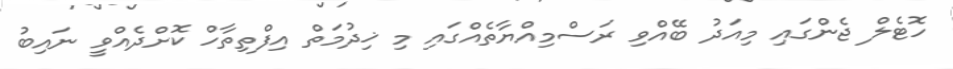
ހޮޓެލް ޖެންގައި މިއަދު ބޭއްވި ރަސްމިއްޔާތެއްގައި މި ޚިދުމަތް އިފްތިތާހް ކޮށްދެއްވީ ނައިބު